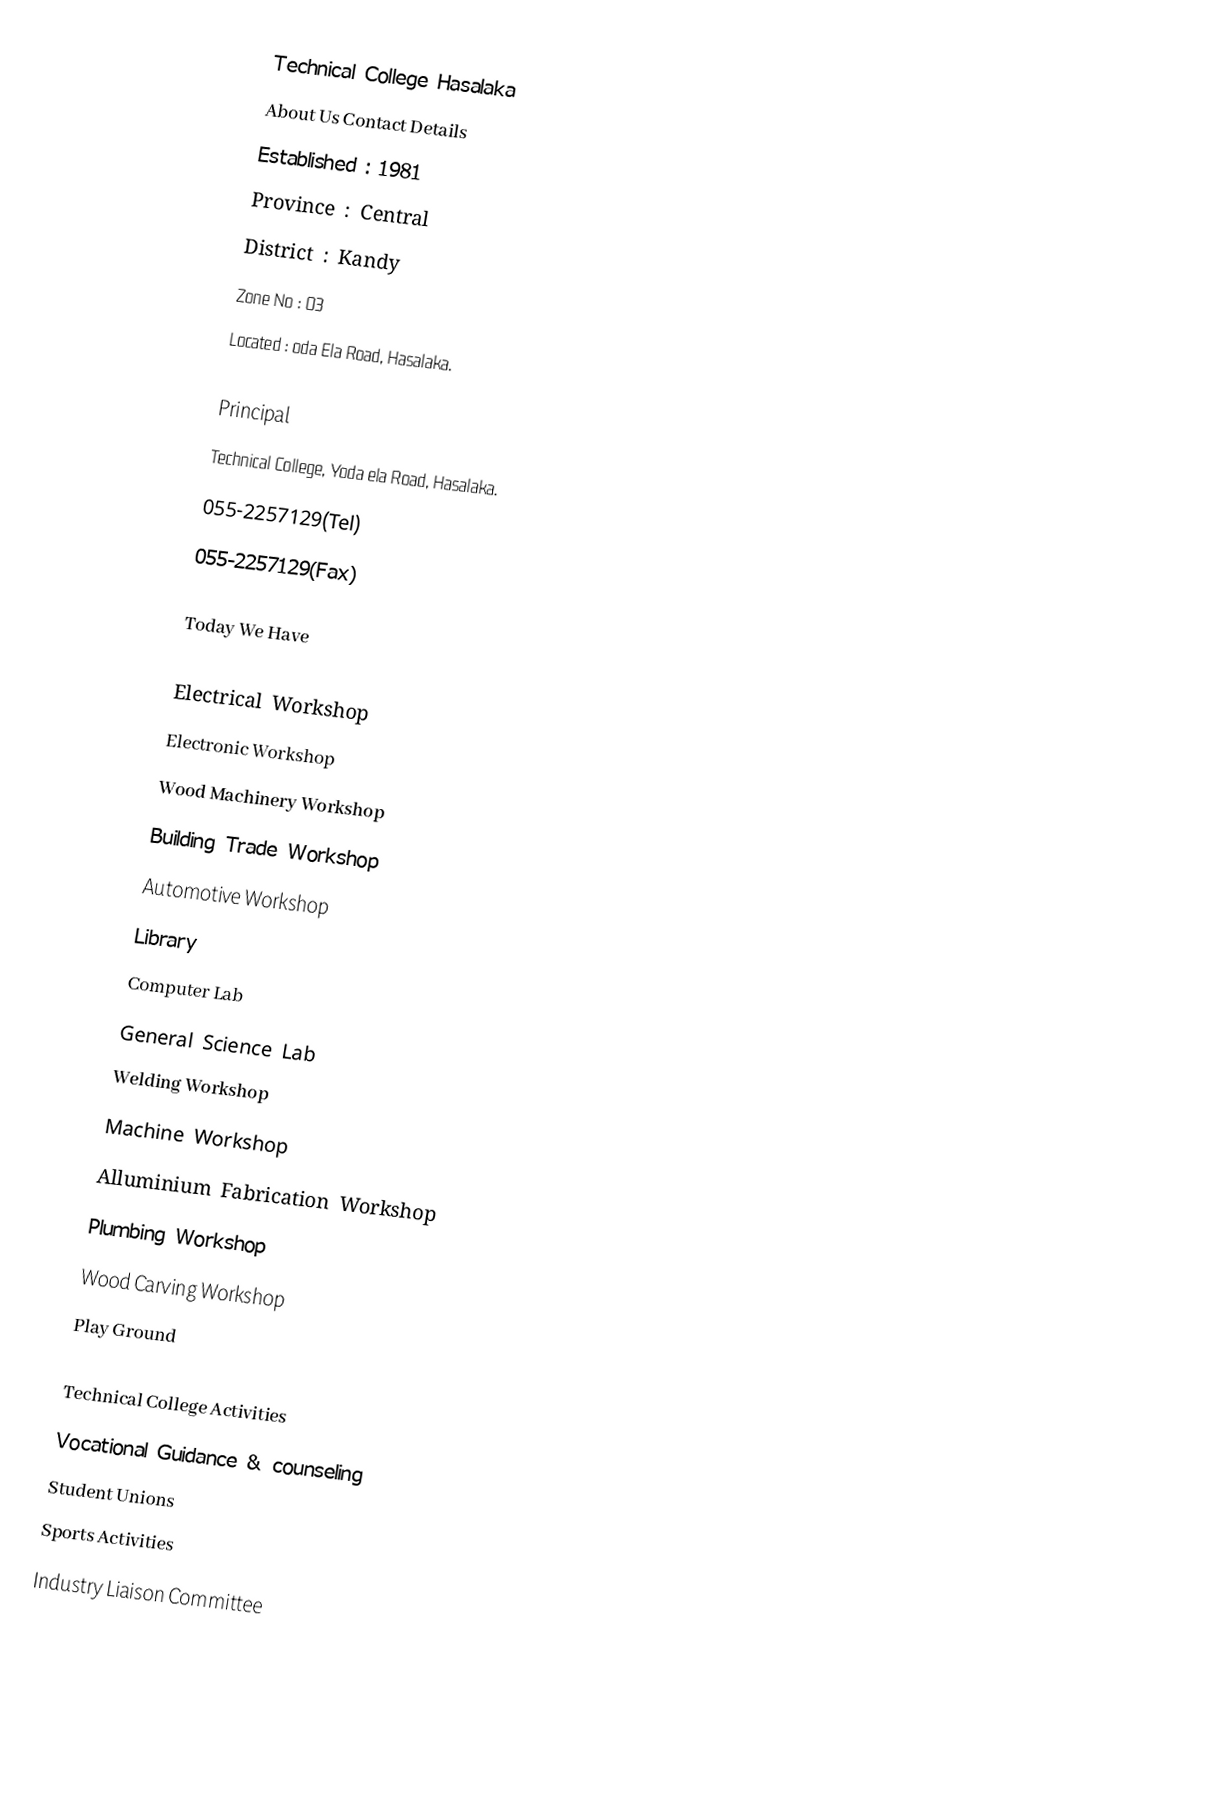
Technical College Hasalaka
About Us	 Contact Details
Established : 1981
Province : Central
District : Kandy
Zone No : 03
Located : oda Ela Road, Hasalaka.

Principal
Technical College, Yoda ela Road, Hasalaka.
055-2257129(Tel)
055-2257129(Fax)

Today We Have

Electrical Workshop
Electronic Workshop
Wood Machinery Workshop
Building Trade Workshop
Automotive Workshop
Library
Computer Lab
General Science Lab
Welding Workshop
Machine Workshop
Alluminium Fabrication Workshop
Plumbing Workshop
Wood Carving Workshop
Play Ground

Technical College Activities
Vocational Guidance & counseling
Student Unions
Sports Activities
Industry Liaison Committee